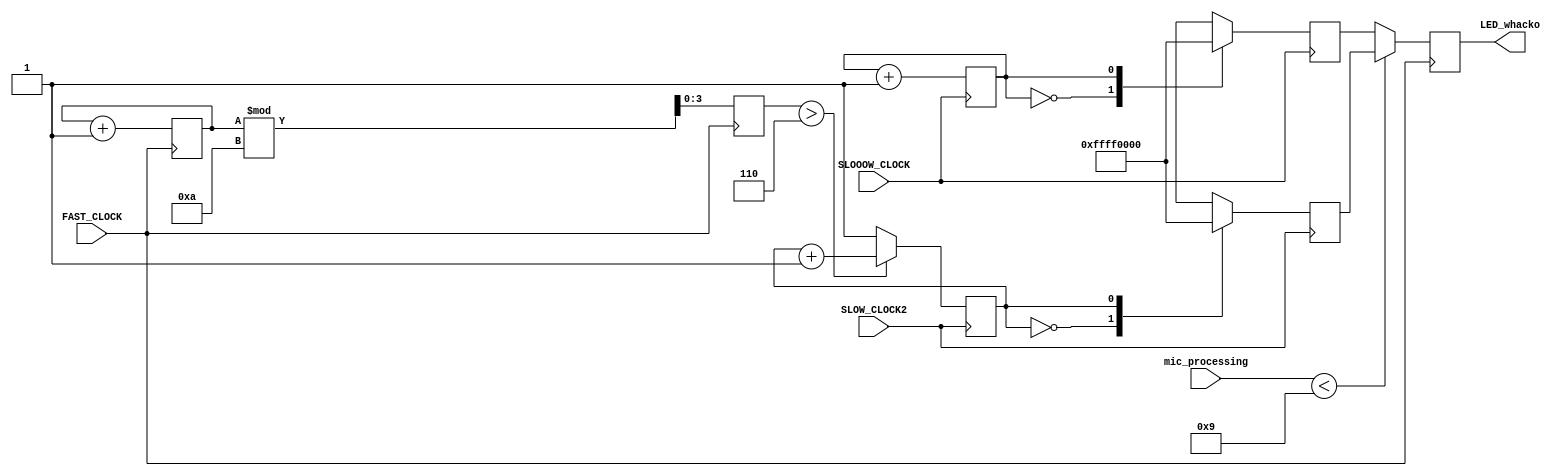
`timescale 1ns / 1ps


module led_pop(input FAST_CLOCK, SLOW_CLOCK2,SLOOOW_CLOCK, input [3:0] mic_processing, output reg [15:0]LED_whacko = 0);

    reg [6:0] counts = 0;
    reg [3:0]int_val = 0;
    reg decide = 0;
    reg [15:0]LED_whack1, LED_whack2;
    reg counter1 = 0, counter2 = 0;
        
    always@ (posedge FAST_CLOCK) begin
        counts <= counts + 1;  
        int_val <= counts % 10;  

        if (mic_processing < 9)
             LED_whacko <= LED_whack1;
        else 
             LED_whacko <= LED_whack2;

    end

    always@(posedge SLOW_CLOCK2) begin
        counter1 <= (int_val >6) ? counter1 + 1 : 1; 
        
        case(counter1)
        0: LED_whack1 <= 16'b1111111111111111;
        1: LED_whack1 <= 16'b0;
        endcase
    end

    always@(posedge SLOOOW_CLOCK) begin
        counter2 <= counter2 + 1;
        
        case(counter2)
        0: LED_whack2 <= 16'b1111111111111111;
        1: LED_whack2 <= 16'b0;
 
        endcase
    end
    
endmodule